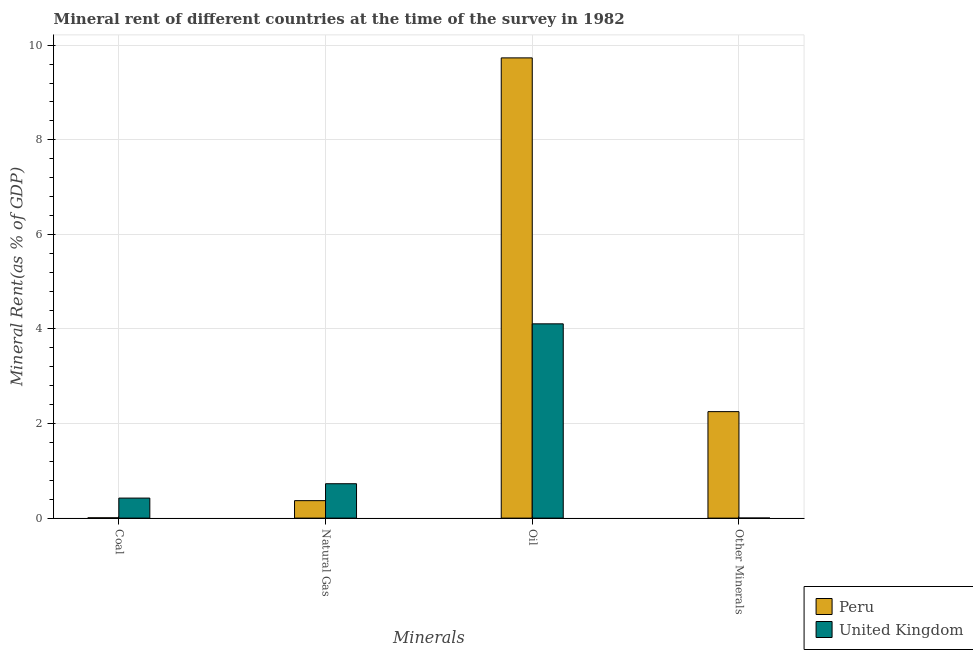
| Minerals | Peru | United Kingdom |
 | --- | --- | --- |
 | Coal | 0.00678 | 0.424 |
 | Natural Gas | 0.369 | 0.727 |
 | Oil | 9.73 | 4.11 |
 | Other Minerals | 2.25 | 0.00174 |